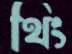
থিং